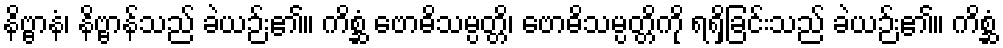
နိဗ္ဗာနံ၊ နိဗ္ဗာန်သည် ခဲယဉ်း၏။ ကိစ္ဆံ ဗောဓိသမ္ပတ္တိ၊ ဗောဓိသမ္ပတ္တိကို ရရှိခြင်းသည် ခဲယဉ်း၏။ ကိစ္ဆံ